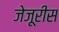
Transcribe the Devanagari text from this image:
जेजूरीस